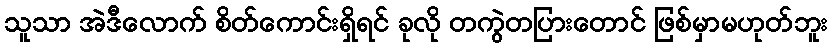
သူသာ အဲဒီလောက် စိတ်ကောင်းရှိရင် ခုလို တကွဲတပြားတောင် ဖြစ်မှာမဟုတ်ဘူး